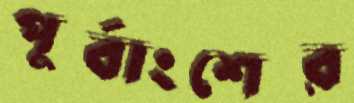
পূর্বাংশের